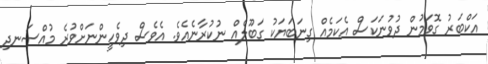
އަކްބަރު ގޮވަމުން ދުވުނަކަސް އެކަމެއް ގިނަބަޔަކު ގަބޫލެއް ނުކުރާނެއެވެ. އެވެސް ދިވެހީންނަށްވުރެ މުއްސަނދި